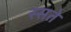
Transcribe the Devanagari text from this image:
स्सते